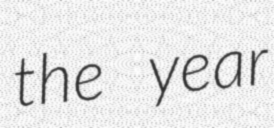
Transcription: the year